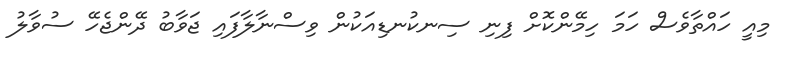
މިއީ ހައްތާވެސް ހަމަ ހިމޭންކޮށް ފިނި ސިނކުނޑިއަކުން ވިސްނާލާފައި ޖަވާބު ދޭންޖެހޭ ސުވާލު